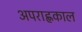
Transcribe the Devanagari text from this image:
अपराह्णकाल